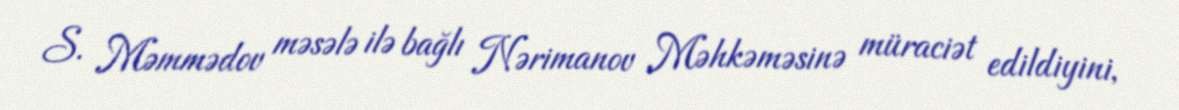
S. Məmmədov məsələ ilə bağlı Nərimanov Məhkəməsinə müraciət edildiyini,